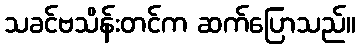
သခင်ဗသိန်းတင်က ဆက်ပြောသည်။